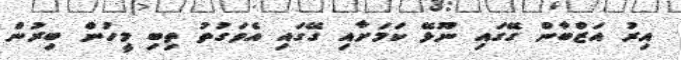
އިރު އަޒްބާން ގޭގައި ނޫޅޭ ކަމަށާއި ގޭގައި އެވަގުތު ތިބި މީހުން ބިރުން